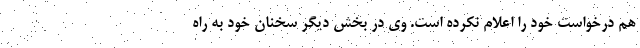
هم درخواست خود را اعلام نکرده است. وی در بخش دیگر سخنان خود به راه